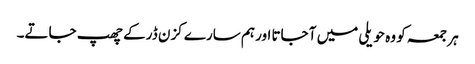
ہر جمعہ کو وہ حویلی میں آ جاتا اور ہم سارے کزن ڈر کے چھپ جاتے۔